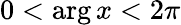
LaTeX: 0<\arg x<2\pi